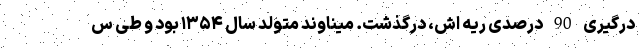
درگیری 90 درصدی ریه اش، درگذشت. میناوند متولد سال ۱۳۵۴ بود و طی س